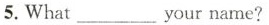
5.What___your name?